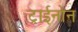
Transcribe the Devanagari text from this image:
ट्राईनोन